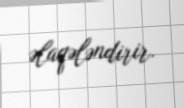
əlaqələndirir.